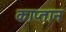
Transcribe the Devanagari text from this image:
काप्तान